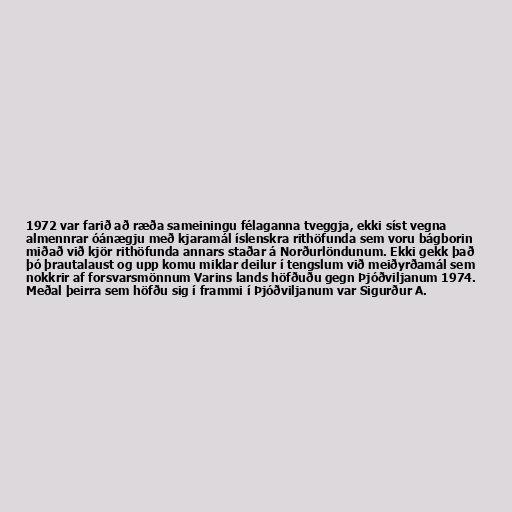
1972 var farið að ræða sameiningu félaganna tveggja, ekki síst vegna
almennrar óánægju með kjaramál íslenskra rithöfunda sem voru bágborin
miðað við kjör rithöfunda annars staðar á Norðurlöndunum. Ekki gekk það
þó þrautalaust og upp komu miklar deilur í tengslum við meiðyrðamál sem
nokkrir af forsvarsmönnum Varins lands höfðuðu gegn Þjóðviljanum 1974.
Meðal þeirra sem höfðu sig í frammi í Þjóðviljanum var Sigurður A.